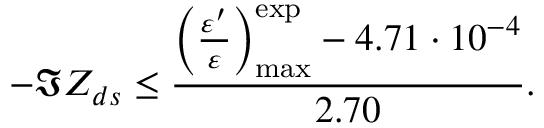
- \Im Z _ { d s } \le \frac { \left( \frac { \varepsilon ^ { \prime } } { \varepsilon } \right) _ { \mathrm { m a x } } ^ { \mathrm { e x p } } - 4 . 7 1 \cdot 1 0 ^ { - 4 } } { 2 . 7 0 } .